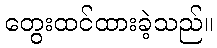
တွေးထင်ထားခဲ့သည်။